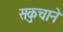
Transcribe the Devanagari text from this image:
सकुचाने